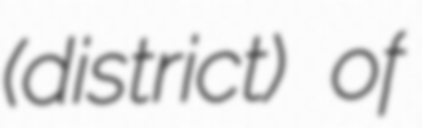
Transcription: (district) of